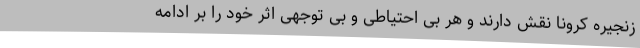
زنجیره کرونا نقش دارند و هر بی احتیاطی و بی توجهی اثر خود را بر ادامه